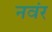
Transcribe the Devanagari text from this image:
नवंर